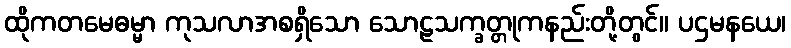
ထိုကတမေဓမ္မာ ကုသလာအစရှိသော သောဠသက္ခတ္တုကနည်းတို့တွင်။ ပဌမနယေ၊